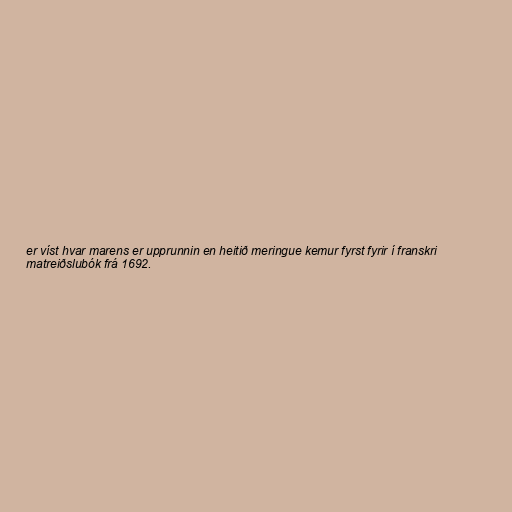
er víst hvar marens er upprunnin en heitið meringue kemur fyrst fyrir í franskri
matreiðslubók frá 1692.